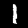
Digit: 1